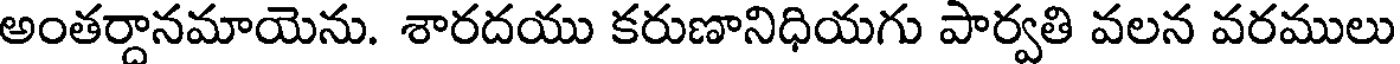
అంతర్దానమాయెను. శారదయు కరుణానిధియగు పార్వతి వలన వరములు